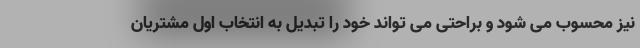
نیز محسوب می شود و براحتی می تواند خود را تبدیل به انتخاب اول مشتریان